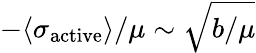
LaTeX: -\langle\sigma_{\mathrm{active}}\rangle/\mu\sim\sqrt{b/\mu}